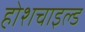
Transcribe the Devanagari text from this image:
होशचाइल्ड